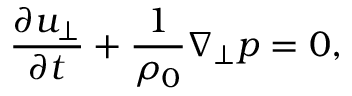
\frac { \partial u _ { \perp } } { \partial t } + \frac { 1 } { \rho _ { 0 } } \nabla _ { \perp } p = 0 ,